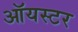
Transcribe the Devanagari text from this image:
ऑयस्टर